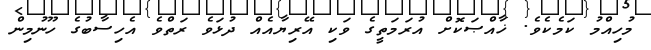
މުހިއްމު ކަމެކެވެ. ޚާއްޞަކޮށް އުރަމަތީގެ ވަކި އޭރިޔާއެއް ދުޅަވެ ރަތްވެ އެހިސާބުގެ ހޫނުމިން